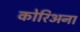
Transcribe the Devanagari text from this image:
कोरिअना